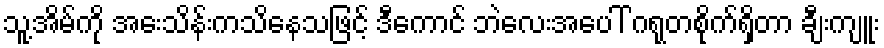
သူ့အိမ်ကို အေးသိန်းကသိနေသဖြင့် ဒီကောင် ဘဲလေးအပေါ် ဂရုတစိုက်ရှိတာ ချီးကျူး